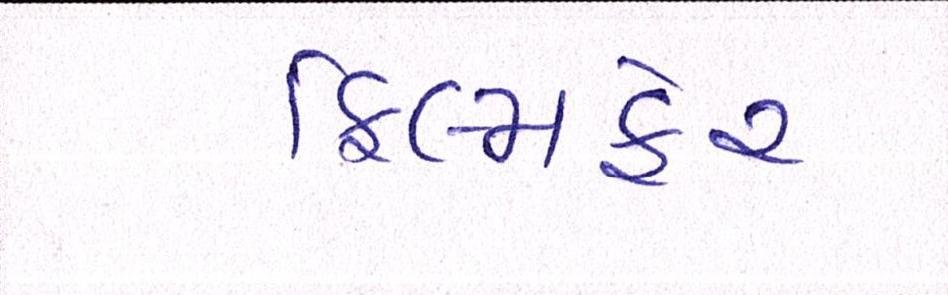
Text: ફિલ્મફેર